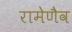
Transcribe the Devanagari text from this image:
रामेणैव